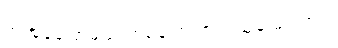
အဲအခုပြောမယ့် တစ်ခါက ဘယ်သူမှ မပါဘူး။